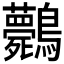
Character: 𪈘